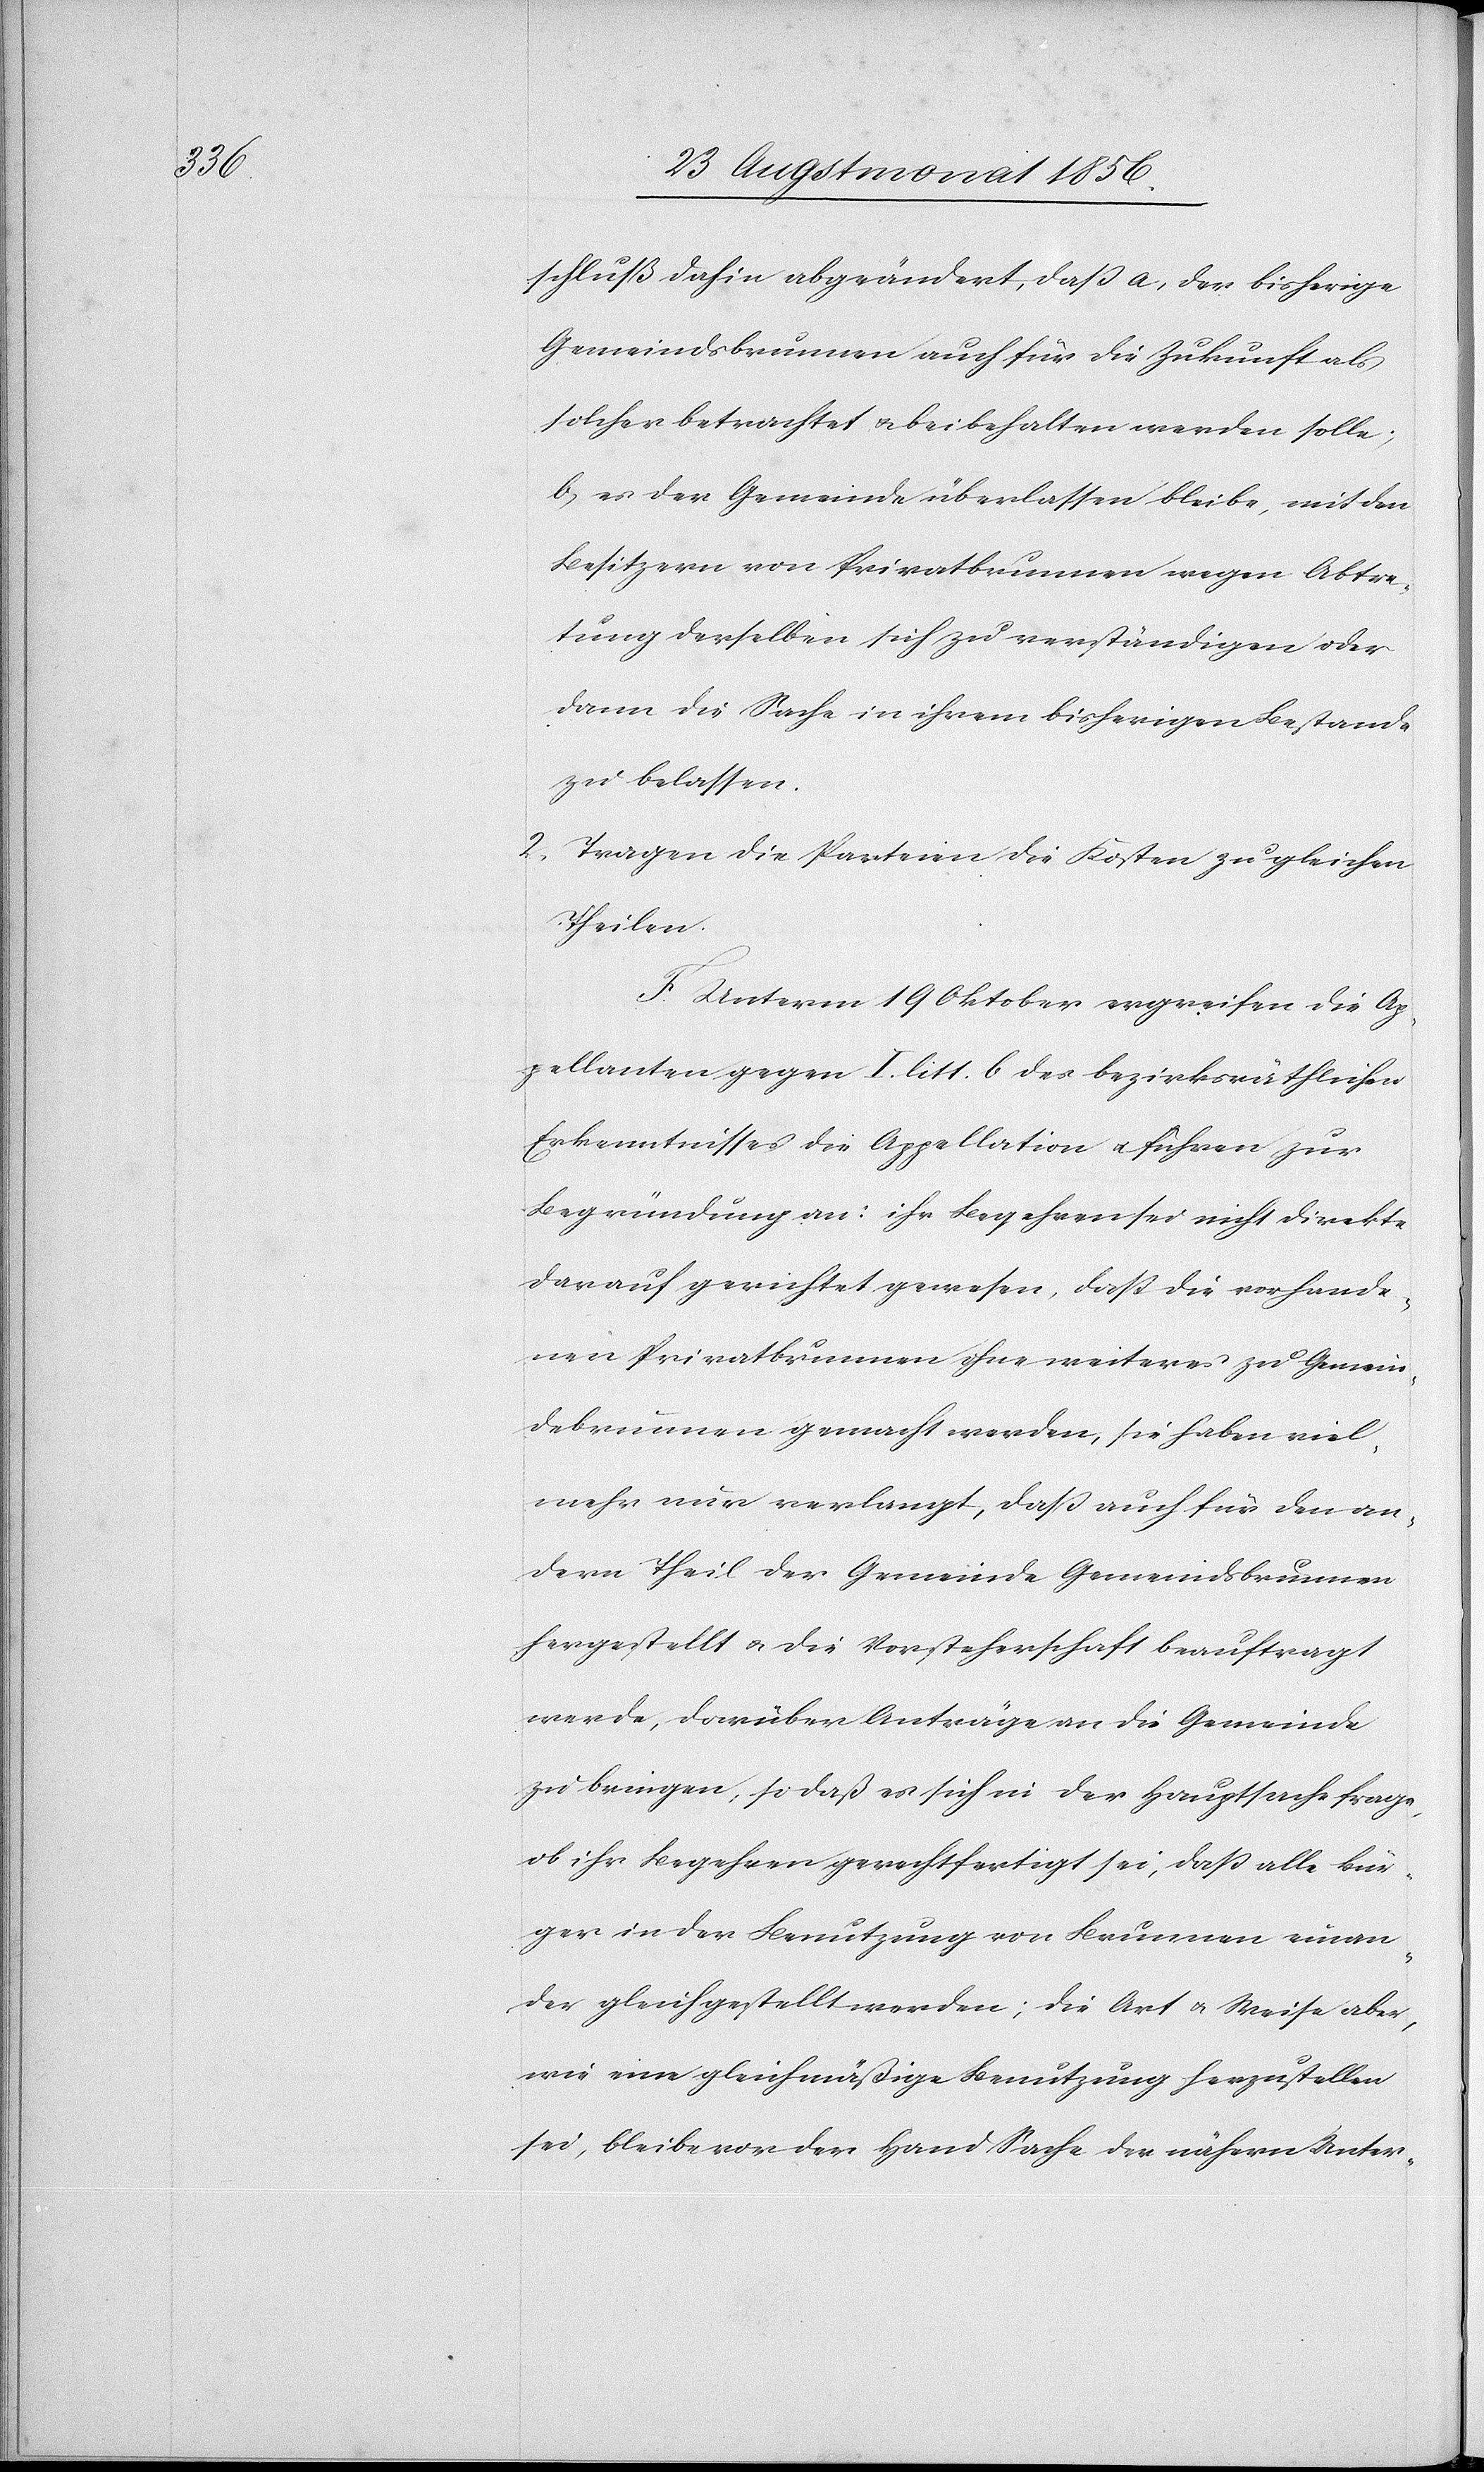
schluß dahin abgeändert, dass a, der bisherige
Gemeindsbrunnen auch für die Zukunft als
solcher betrachtet u. beibehalten werden solle;
b, es der Gemeinde überlassen bleibe, mit den
Besitzern von Privatbrunnen wegen Abtre¬
tung derselben sich zu verständigen oder
dann die Sache in ihrem bisherigen Bestande
zu belassen.
2.) Tragen die Parteien die Kosten zu gleichen
Theilen.
F. Unterm 19 Oktober ergreifen die Ap¬
pellanten gegen I. litt. b des bezirksräthlichen
Erkenntnisses die Appellation u. führen zur
Begründung an: ihr Begehren sei nicht direkte
darauf gerichtet gewesen, dass die vorhande¬
nen Privatbrunnen ohne weiteres zu Gemein¬
debrunnen gemacht werden, sie haben viel¬
mehr nur verlangt, dass auch für den an¬
dern Theil der Gemeinde Gemeindsbrunnen
hergestellt u. die Vorsteherschaft beauftragt
werde, darüber Anträge an die Gemeinde
zu bringen, so daß es sich in der Hauptsache frage,
ob ihr Begehren gerechtfertigt sei, dass alle Bür¬
ger in der Benutzung von Brunnen einan¬
der gleichgestellt werden; die Art u. Weise aber,
wie eine gleichmäßige Benutzung herzustellen
sei, bleibe vor der Hand Sache der nähern Unter-